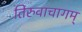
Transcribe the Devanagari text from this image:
तिरुवाचागम्‌